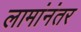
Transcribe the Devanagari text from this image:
लामांनंतर